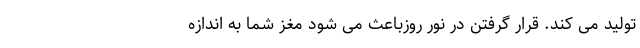
تولید می کند. قرار گرفتن در نور روزباعث می شود مغز شما به اندازه